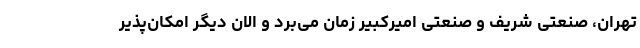
تهران، صنعتی شریف و صنعتی امیرکبیر زمان می‌برد و الان دیگر امکان‌پذیر